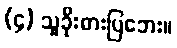
(၄) သူခိုးဓားပြဘေး။